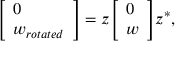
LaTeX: { \left[ \begin{array} { l } { 0 } \\ { w _ { r o t a t e d } } \end{array} \right] } = z { \left[ \begin{array} { l } { 0 } \\ { w } \end{array} \right] } z ^ { * } ,